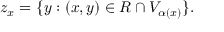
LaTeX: z _ { x } = \{ y : ( x , y ) \in R \cap V _ { \alpha ( x ) } \} .